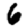
Digit: 6